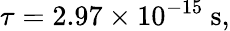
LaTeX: \tau=2.97\times 10^{-15}\ \mathrm{s},